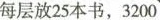
每层放25本书，3200